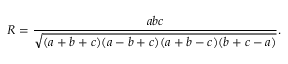
R = { \frac { a b c } { \sqrt { ( a + b + c ) ( a - b + c ) ( a + b - c ) ( b + c - a ) } } } .